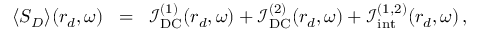
\begin{array} { r l r } { \langle \boldsymbol { S } _ { D } \rangle ( \boldsymbol { r } _ { d } , \omega ) } & { \! = } & { \! \boldsymbol { \mathcal { I } } _ { \mathrm { D C } } ^ { ( 1 ) } ( \boldsymbol { r } _ { d } , \omega ) + \boldsymbol { \mathcal { I } } _ { \mathrm { D C } } ^ { ( 2 ) } ( \boldsymbol { r } _ { d } , \omega ) + \boldsymbol { \mathcal { I } } _ { \mathrm { i n t } } ^ { ( 1 , 2 ) } ( \boldsymbol { r } _ { d } , \omega ) \, , \quad } \end{array}